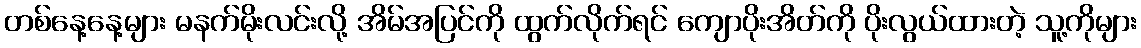
တစ်နေ့နေ့များ မနက်မိုးလင်းလို့ အိမ်အပြင်ကို ထွက်လိုက်ရင် ကျောပိုးအိတ်ကို ပိုးလွယ်ထားတဲ့ သူ့ကိုများ